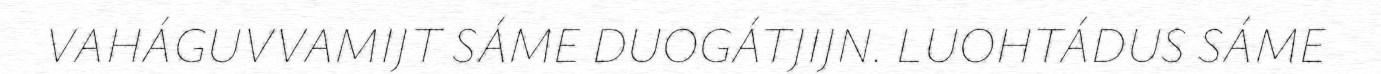
VAHÁGUVVAMIJT SÁME DUOGÁTJIJN. LUOHTÁDUS SÁME